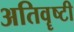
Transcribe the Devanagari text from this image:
अतिवॄष्टी